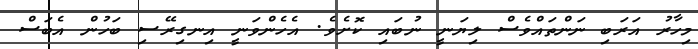
މިހާރު އަރަބި ނަންތައްވެސް ލިޔަނީ ނުބައި ކޮށެވެ. އެހެންވަނީ އިނގިރޭސި ބަހުން އެބަސް